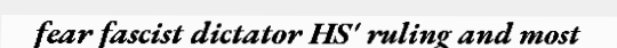
fear fascist dictator HS' ruling and most